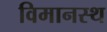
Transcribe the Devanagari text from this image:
विमानस्थ